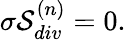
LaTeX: \sigma{\cal S}_{div}^{(n)}=0.